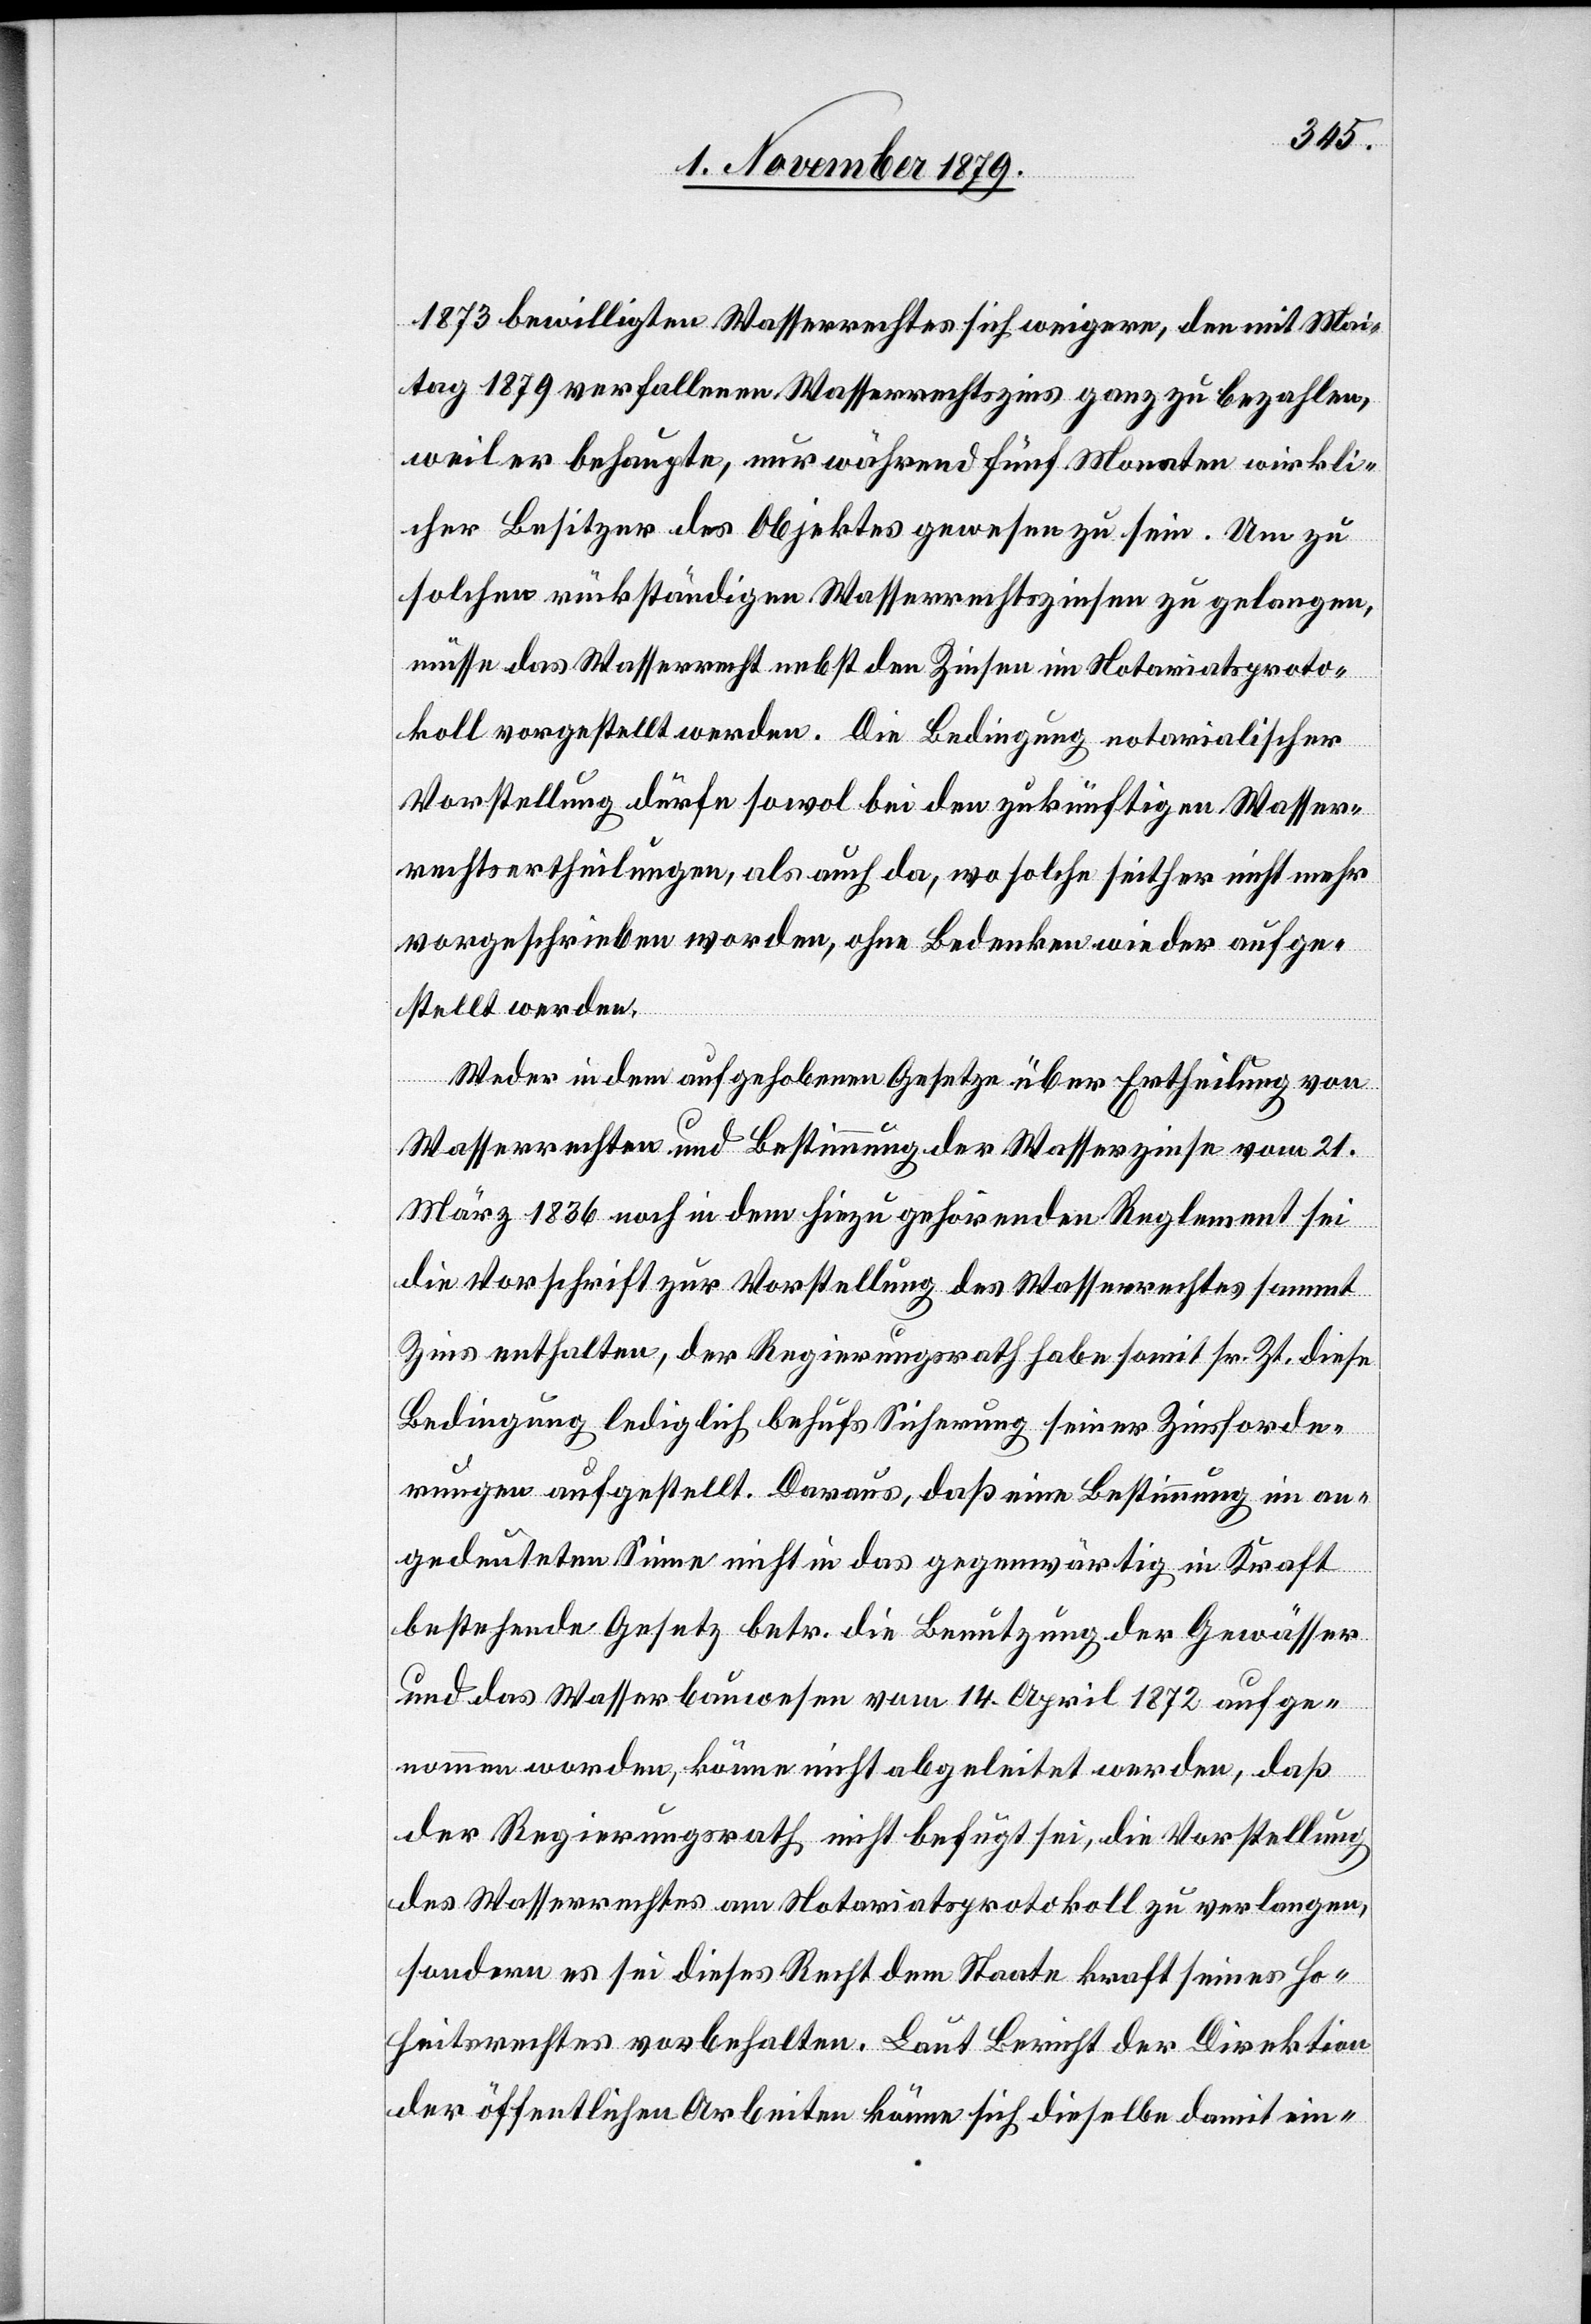
1873 bewilligten Wasserrechtes sich weigere, den mit Mai¬
tag 1879 verfallenen Wasserrechtszins ganz zu bezahlen,
weil er behaupte, nur während fünf Monaten wirkli¬
cher Besitzer des Objektes gewesen zu sein. Um zu
solchen rückständigen Wasserrechtszinsen zu gelangen,
müsse das Wasserrecht nebst den Zinsen im Notariatsproto¬
koll vorgestellt werden. Die Bedingung notarialischer
Vorstellung dürfe sowol bei den zukünftigen Wasser¬
rechtsertheilungen, als auch da, wo solche seither nicht mehr
vorgeschrieben worden, ohne Bedenken wieder aufge¬
stellt werden.
Weder in dem aufgehobenen Gesetze über Ertheilung von
Wasserrechten und Bestimmung der Wasserzinse vom 21.
März 1836 noch in dem hiezu gehörenden Reglement sei
die Vorschrift zur Vorstellung des Wasserrechtes sammt
Zins enthalten, der Regierungsrath habe somit sr. Zt. diese
Bedingung lediglich behufs Sicherung seiner Zinsforde¬
rungen aufgestellt. Daraus, daß eine Bestimmung im an¬
gedeuteten Sinne nicht in das gegenwärtig in Kraft
bestehende Gesetz betr. die Benutzung der Gewässer
und das Wasserbauwesen vom 14. April 1872 aufge¬
nommen worden, könne nicht abgeleitet werden, daß
der Regierungsrath nicht befugt sei, die Vorstellung
des Wasserrechtes am Notariatsprotokoll zu verlangen,
sondern es sei dieses Recht dem Staate kraft seines Ho¬
heitsrechtes vorbehalten. Laut Bericht der Direktion
der öffentlichen Arbeiten könne sich dieselbe damit ein-